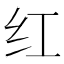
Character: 红